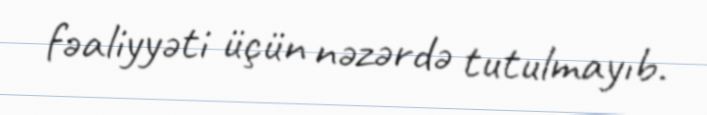
fəaliyyəti üçün nəzərdə tutulmayıb.